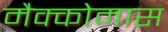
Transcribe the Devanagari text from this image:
मैक्कोमास